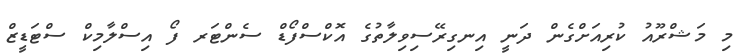
މި މަޝްރޫއު ކުރިއަށްގެން ދަނީ އިނގިރޭސިވިލާތުގެ އޮކްސްފޯޑް ސެންޓަރ ފޯ އިސްލާމިކް ސްޓަޑީޒް